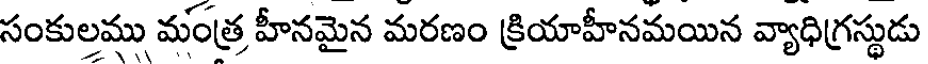
సంకులము మంత్ర హీనమైన మరణం క్రియాహీనమయిన వ్యాధిగ్రస్థుడు